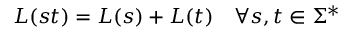
L ( s t ) = L ( s ) + L ( t ) \quad \forall s , t \in \Sigma ^ { * }